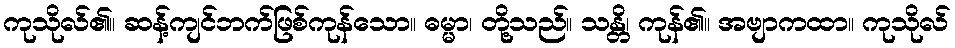
ကုသိုလ်၏။ ဆန့်ကျင်ဘက်ဖြစ်ကုန်သော။ ဓမ္မာ၊ တို့သည်။ သန္တိ၊ ကုန်၏။ အဗျာကထာ။ ကုသိုလ်